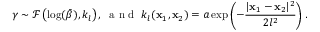
\gamma \sim \mathcal F \left( \log ( \bar { \beta } ) , k _ { l } \right) , \; \mathrm { ~ a ~ n ~ d ~ } \; k _ { l } ( \mathbf x _ { 1 } , \mathbf x _ { 2 } ) = a \exp \left( - \frac { | \mathbf x _ { 1 } - \mathbf x _ { 2 } | ^ { 2 } } { 2 l ^ { 2 } } \right) .